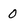
Character: 0